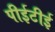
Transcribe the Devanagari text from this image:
पीईटीई